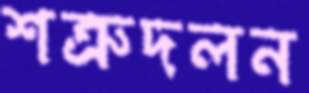
শত্রুদলন